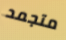
متجمد